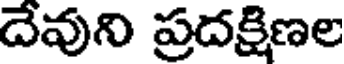
దేవుని ప్రదక్షిణల